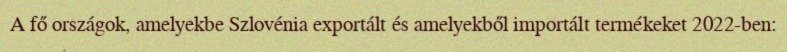
A fő országok, amelyekbe Szlovénia exportált és amelyekből importált termékeket 2022-ben: